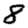
Digit: 8